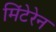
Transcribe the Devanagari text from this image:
मिंटेरेन